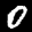
Label: 0